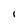
Character: l